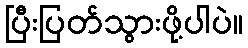
ပြီးပြတ်သွားဖို့ပါပဲ။